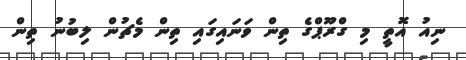
ނިއު އޮތީ މި ގްރޫޕްގެ ތިން ވަނައިގައި ތިން މެޗުން ލިބުނު ތިން